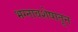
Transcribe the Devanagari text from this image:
भग्नावशेषातून